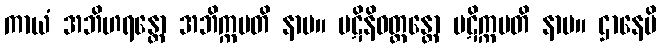
ကာယံ အဘိဟရန္တော အဘိက္ကမတိ နာမ။ ပဋိနိဝတ္တန္တော ပဋိက္ကမတိ နာမ။ ဌာနေပိ